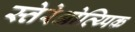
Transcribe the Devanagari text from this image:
स्तेरेओत्य्पिक